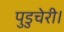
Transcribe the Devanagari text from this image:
पुडुचेरी।